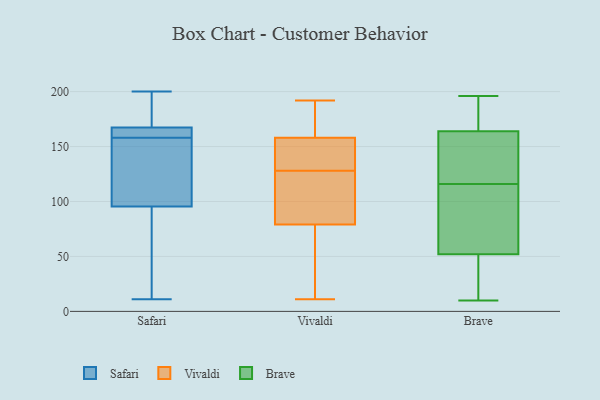
{"axis": {"x": "Temperature (°C)", "y": "Value"}, "legend": ["Brave", "Safari", "Vivaldi"], "data": [{"x": "", "y": 165, "type": "Safari"}, {"x": "", "y": 11, "type": "Safari"}, {"x": "", "y": 102, "type": "Safari"}, {"x": "", "y": 97, "type": "Safari"}, {"x": "", "y": 158, "type": "Safari"}, {"x": "", "y": 77, "type": "Safari"}, {"x": "", "y": 198, "type": "Safari"}, {"x": "", "y": 129, "type": "Safari"}, {"x": "", "y": 95, "type": "Safari"}, {"x": "", "y": 162, "type": "Safari"}, {"x": "", "y": 200, "type": "Safari"}, {"x": "", "y": 89, "type": "Safari"}, {"x": "", "y": 130, "type": "Safari"}, {"x": "", "y": 168, "type": "Safari"}, {"x": "", "y": 197, "type": "Safari"}, {"x": "", "y": 159, "type": "Safari"}, {"x": "", "y": 165, "type": "Safari"}, {"x": "", "y": 197, "type": "Safari"}, {"x": "", "y": 66, "type": "Safari"}, {"x": "", "y": 81, "type": "Vivaldi"}, {"x": "", "y": 172, "type": "Vivaldi"}, {"x": "", "y": 134, "type": "Vivaldi"}, {"x": "", "y": 142, "type": "Vivaldi"}, {"x": "", "y": 140, "type": "Vivaldi"}, {"x": "", "y": 77, "type": "Vivaldi"}, {"x": "", "y": 37, "type": "Vivaldi"}, {"x": "", "y": 182, "type": "Vivaldi"}, {"x": "", "y": 144, "type": "Vivaldi"}, {"x": "", "y": 122, "type": "Vivaldi"}, {"x": "", "y": 192, "type": "Vivaldi"}, {"x": "", "y": 89, "type": "Vivaldi"}, {"x": "", "y": 173, "type": "Vivaldi"}, {"x": "", "y": 11, "type": "Vivaldi"}, {"x": "", "y": 94, "type": "Vivaldi"}, {"x": "", "y": 46, "type": "Vivaldi"}, {"x": "", "y": 41, "type": "Brave"}, {"x": "", "y": 138, "type": "Brave"}, {"x": "", "y": 85, "type": "Brave"}, {"x": "", "y": 13, "type": "Brave"}, {"x": "", "y": 76, "type": "Brave"}, {"x": "", "y": 88, "type": "Brave"}, {"x": "", "y": 44, "type": "Brave"}, {"x": "", "y": 10, "type": "Brave"}, {"x": "", "y": 196, "type": "Brave"}, {"x": "", "y": 177, "type": "Brave"}, {"x": "", "y": 164, "type": "Brave"}, {"x": "", "y": 194, "type": "Brave"}, {"x": "", "y": 164, "type": "Brave"}, {"x": "", "y": 116, "type": "Brave"}, {"x": "", "y": 140, "type": "Brave"}]}